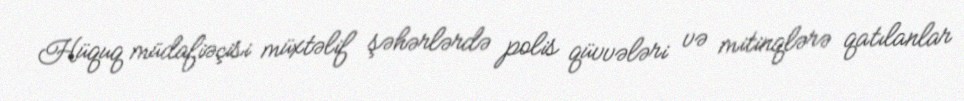
Hüquq müdafiəçisi müxtəlif şəhərlərdə polis qüvvələri və mitinqlərə qatılanlar